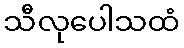
သီလုပေါသထံ